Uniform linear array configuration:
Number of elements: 32
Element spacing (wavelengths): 1
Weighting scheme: hamming
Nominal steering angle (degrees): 15
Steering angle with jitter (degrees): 15.547
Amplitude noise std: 0.05
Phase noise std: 0.05

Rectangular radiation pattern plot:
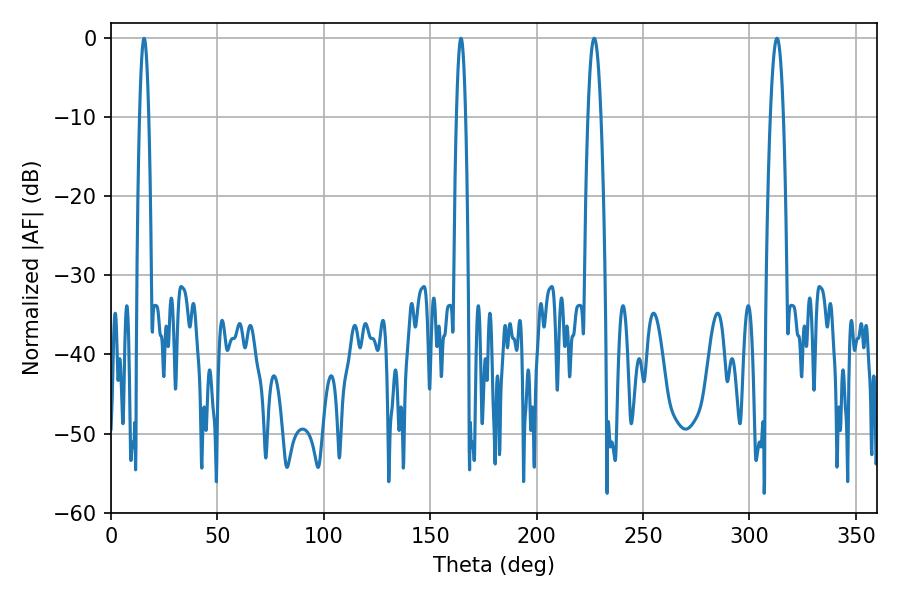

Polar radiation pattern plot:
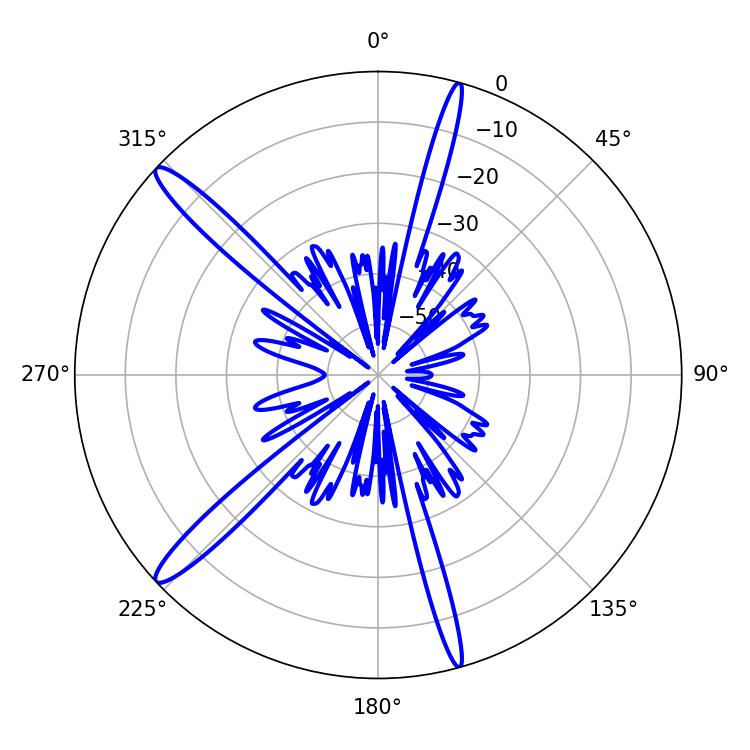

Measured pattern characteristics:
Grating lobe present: TRUE
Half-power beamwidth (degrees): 3.42
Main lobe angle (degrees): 226.98